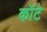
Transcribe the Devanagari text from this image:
कॉटे